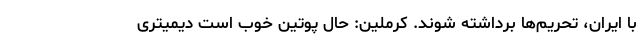
با ایران، تحریم‌ها برداشته شوند. کرملین: حال پوتین خوب است دیمیتری